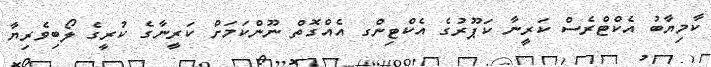
ކާމިޔާބު އެކްޓްރެސް ކަރީނާ ކަޕޫރުގެ އެކްޓިންގ އެއްގޮތް ނޫންކަމަށް ކަރީނާގެ ކުރީގެ ލޯބިވެރިޔާ